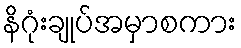
နိဂုံးချုပ်အမှာစကား